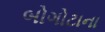
બોગોટાના